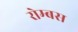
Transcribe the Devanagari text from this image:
रोम्बस